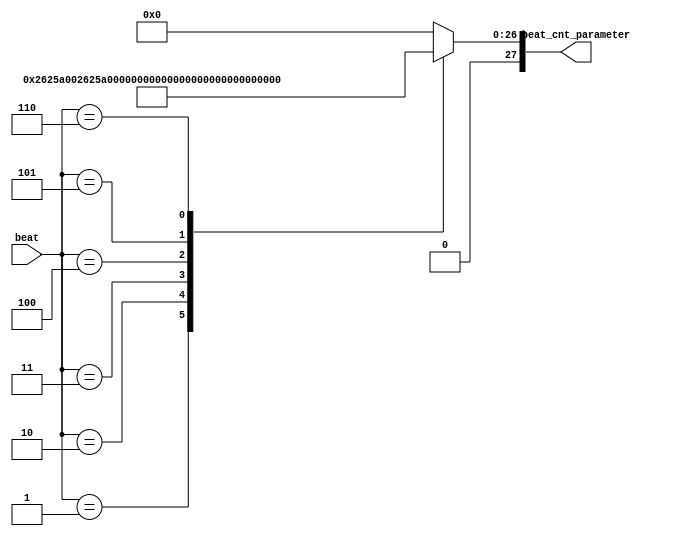
module BZ_beat_decoder (beat,beat_cnt_parameter);
    input [3:0] beat;
    output reg [27:0] beat_cnt_parameter;
localparam tune_pwm_parameter_4 = 27'h4C4B400; //         
localparam tune_pwm_parameter_2 = 27'h2625A00; //     
localparam tune_pwm_parameter_1 = 27'h1312D00; //     
localparam tune_pwm_parameter_1_2 = 27'h989680;//     
localparam tune_pwm_parameter_1_4 = 27'h4C4B40;//     
localparam tune_pwm_parameter_1_8 = 27'h2625A0;// 

always @(beat) begin
    case (beat)
        4'h1: beat_cnt_parameter = tune_pwm_parameter_4;
        4'h2: beat_cnt_parameter = tune_pwm_parameter_2;
        4'h3: beat_cnt_parameter = tune_pwm_parameter_1;
        4'h4: beat_cnt_parameter = tune_pwm_parameter_1_2;
        4'h5: beat_cnt_parameter = tune_pwm_parameter_1_4;
        4'h6: beat_cnt_parameter = tune_pwm_parameter_1_8;
        default:beat_cnt_parameter = 27'd0; 
    endcase 
end
endmodule